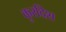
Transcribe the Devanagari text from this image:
कुरदिश